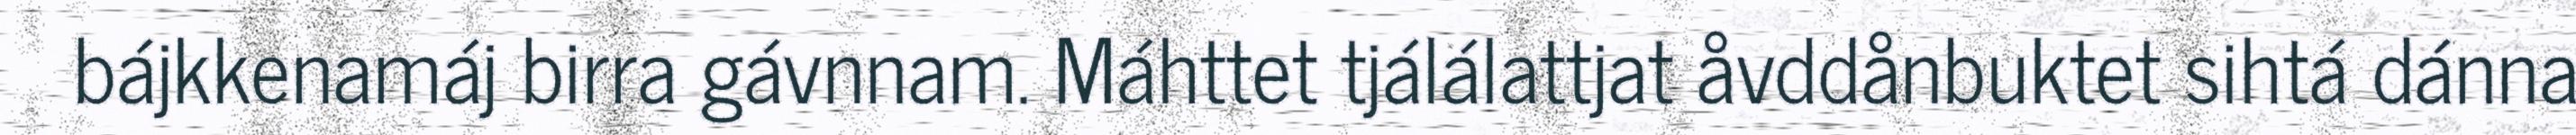
bájkkenamáj birra gávnnam. Máhttet tjálálattjat åvddånbuktet sihtá dánna